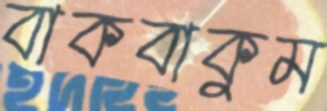
বাকবাকুম